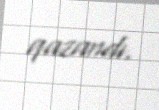
qazandı.